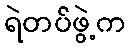
ရဲတပ်ဖွဲ့က